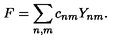
F = \sum _ { n , m } c _ { n m } Y _ { n m } .